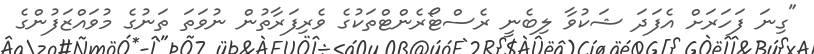
"ގިނަ ފަހަރަށް އެފަދަ ޝަކުވާ ލިބެނީ ރެސްޓޯރެންޓްތަކުގެ ވެރިފަރާތުން ނުވަތަ ތަނުގެ މުވައްޒަފުންގެ